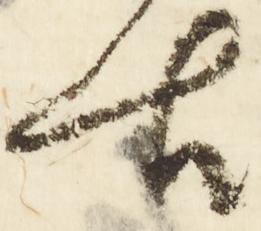
古